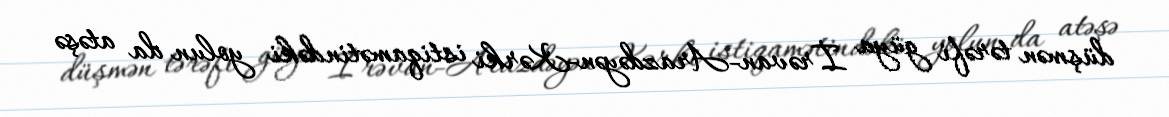
düşmən tərəfi güya İrəvan-Arazdəyən-Kərki istiqamətindəki yolun da atəşə